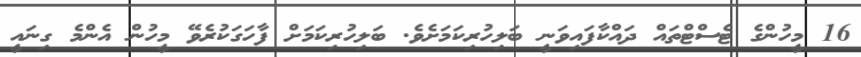
16 މީހުންގެ ޓެސްޓްތައް ދައްކާފައިވަނީ ބަލިހުރިކަމަށެވެ. ބަލިހުރިކަމަށް ފާހަގަކުރެވޭ މީހުން އެންމެ ގިނައީ